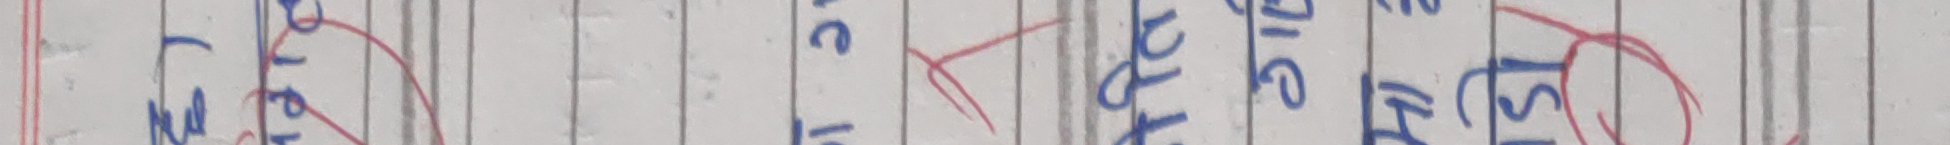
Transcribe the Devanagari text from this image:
मलाई भोट दिनु होस्।